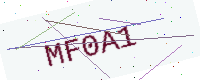
Text: MF0A1